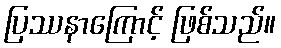
ပြဿနာကြောင့် ဖြစ်သည်။